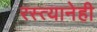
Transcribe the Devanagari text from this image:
रस्त्यानेही